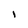
Character: I